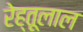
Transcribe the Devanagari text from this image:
रेह्तूलाल